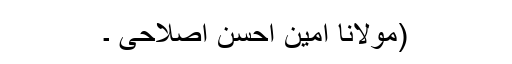
(مولانا امین احسن اصلاحیؒ ۔